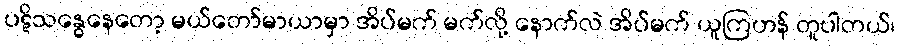
ပဋိသန္ဓေနေတော့ မယ်တော်မာယာမှာ အိပ်မက် မက်လို့ နောက်လဲ အိပ်မက် ယူကြဟန် တူပါတယ်၊